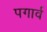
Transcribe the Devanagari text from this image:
पगार्व